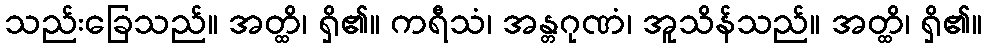
သည်းခြေသည်။ အတ္ထိ၊ ရှိ၏။ ကရီသံ၊ အန္တဂုဏံ၊ အူသိန်သည်။ အတ္ထိ၊ ရှိ၏။